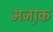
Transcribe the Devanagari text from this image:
मजा़क